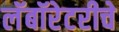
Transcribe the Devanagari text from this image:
लॅबॉरेटरीचे